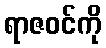
ရာဇဝင်ကို